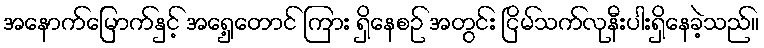
အနောက်မြောက်နှင့် အရှေ့တောင် ကြား ရှိနေစဉ် အတွင်း ငြိမ်သက်လုနီးပါးရှိနေခဲ့သည်။